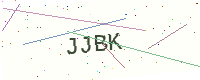
Text: JJBK